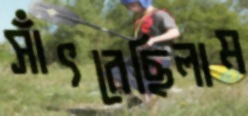
সাঁৎরেছিলাম